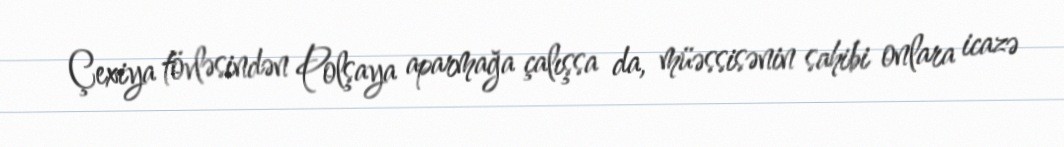
Çexiya tövləsindən Polşaya aparmağa çalışsa da, müəssisənin sahibi onlara icazə